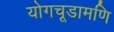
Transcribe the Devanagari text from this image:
योगचूडामणि